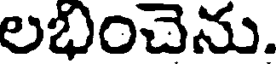
లభించెను.